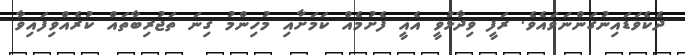
ދެކެވަޑައިނުގަންނަވައެވެ. ރަފީ ވިދާޅުވީ އެއީ ފެށުމެއް ކަމަށާއި މުހިންމު ގިނަ ތަޖުރިބާތައް ކުރެއްވިފައިވާ